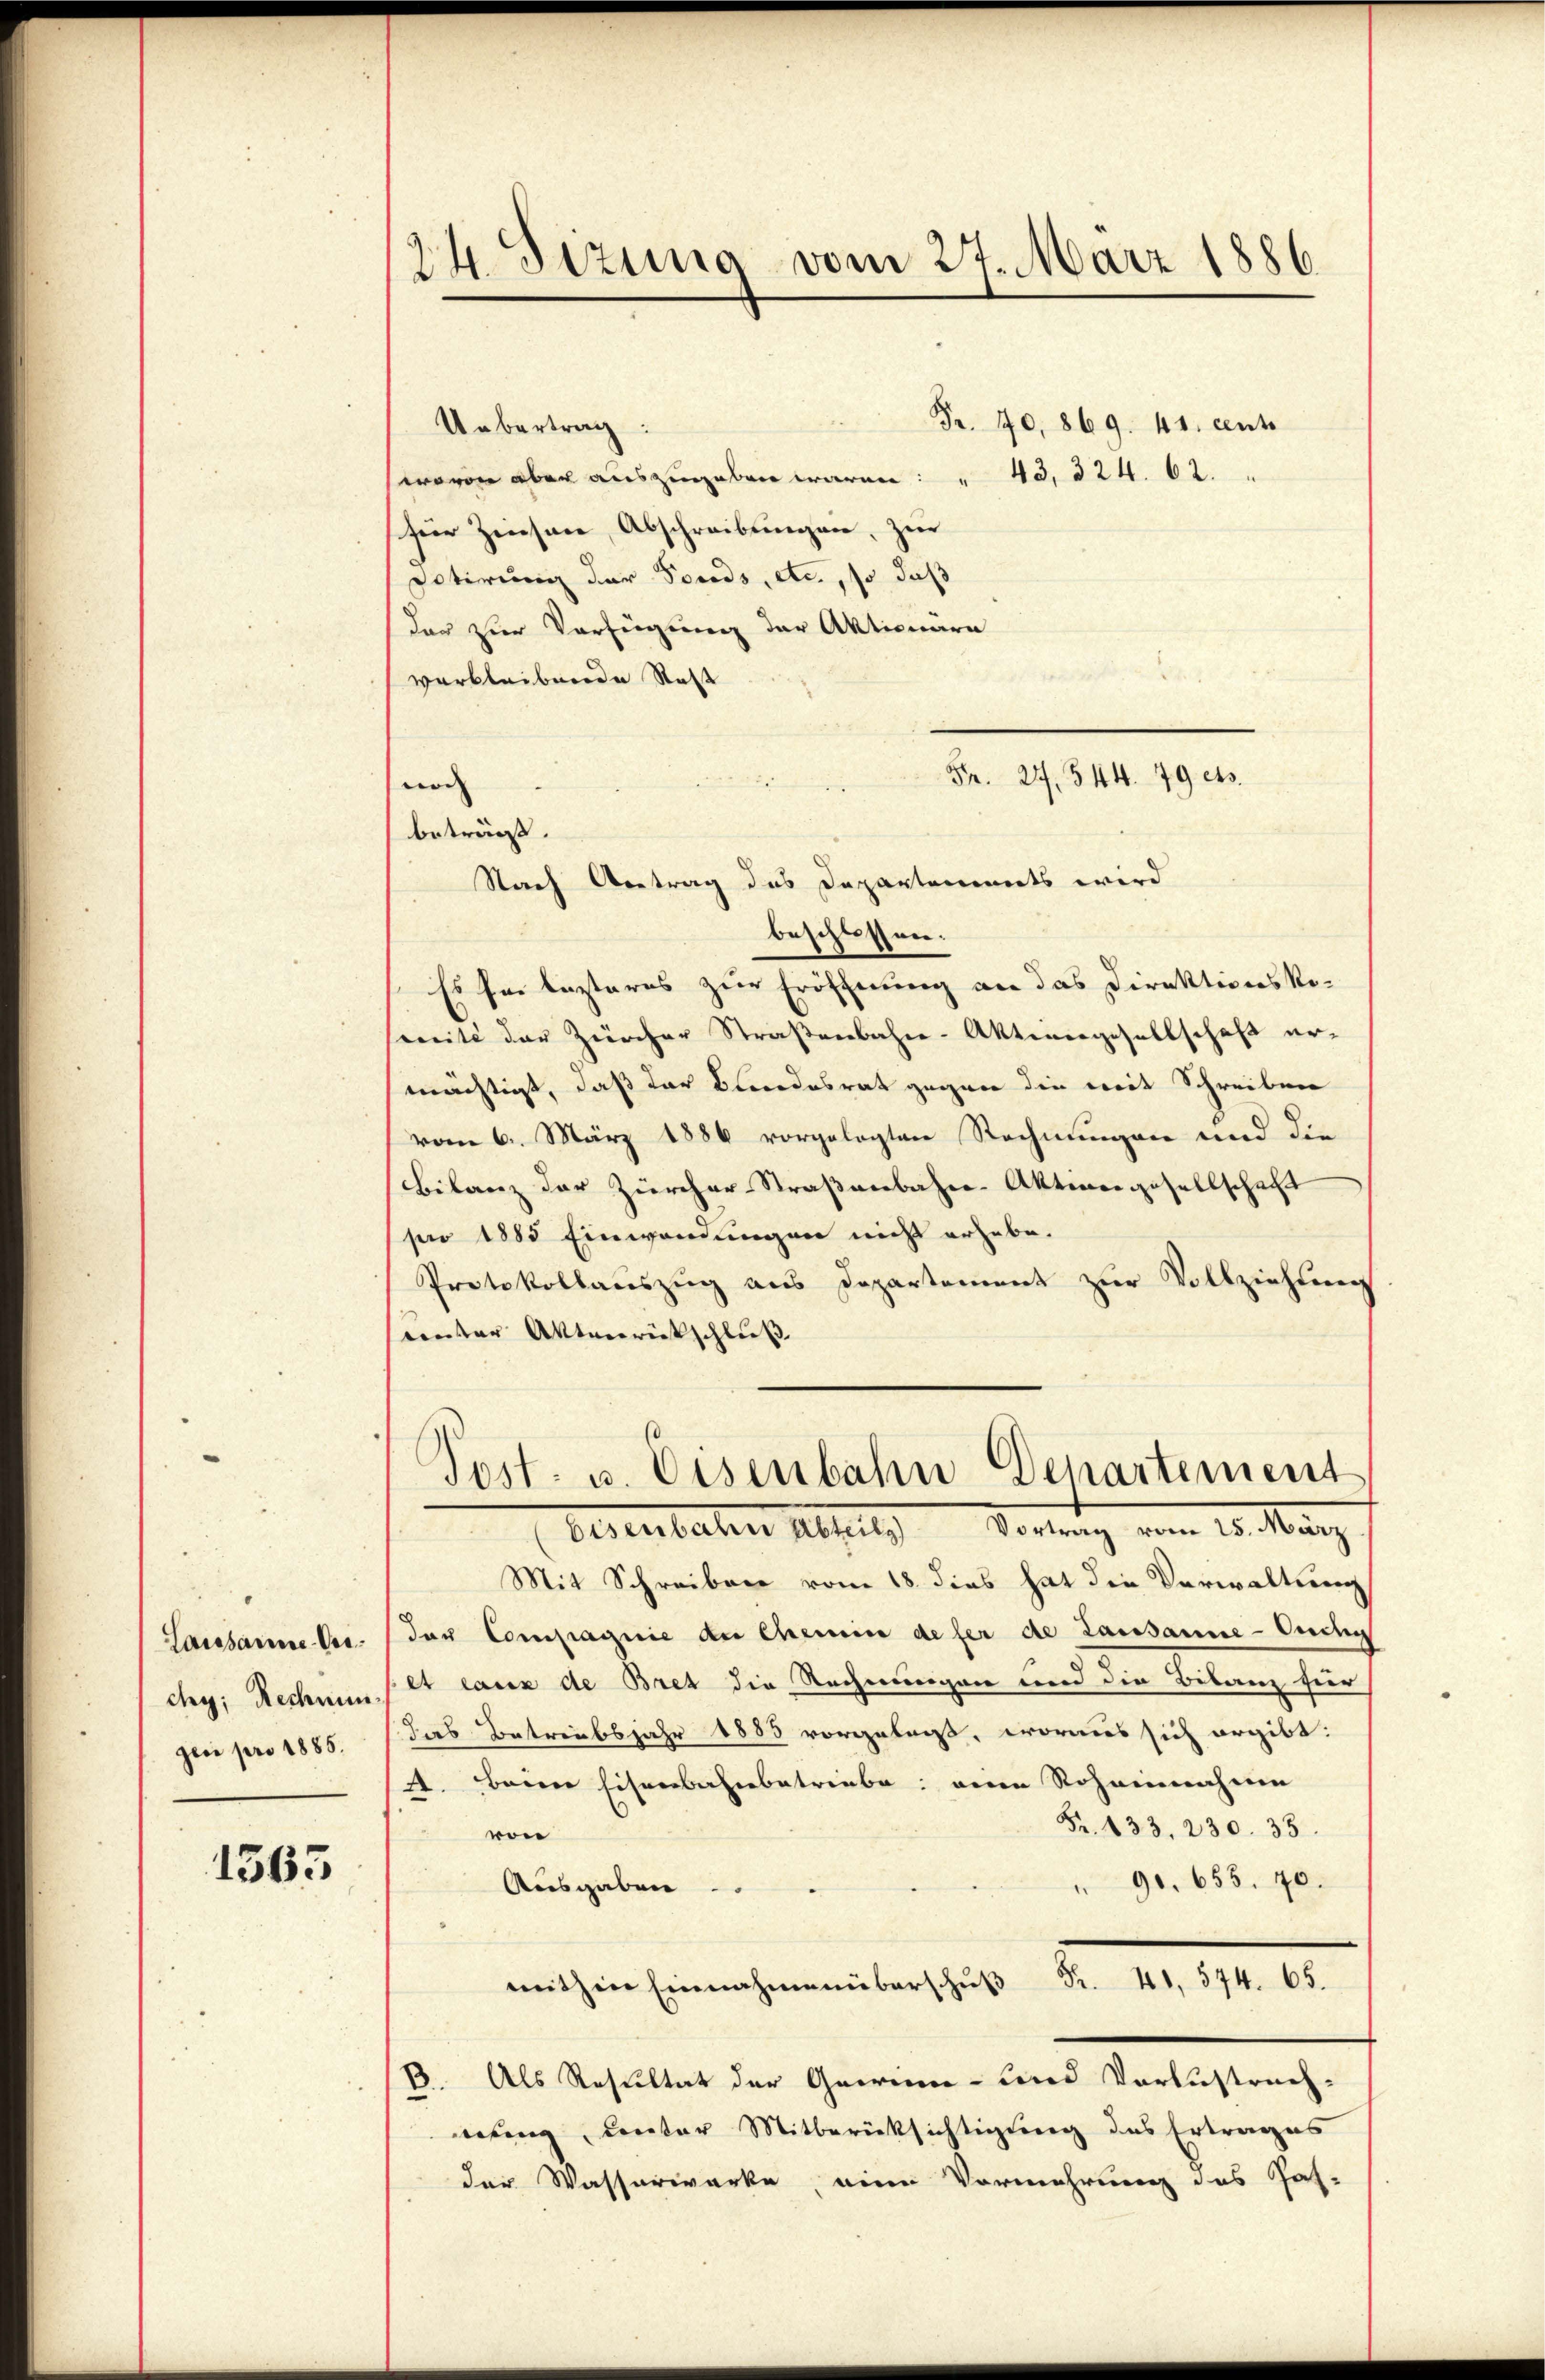
Lausanne-Verchy; Rechnung
gen pro 1885.

1563

24. Sizina vom 27. März 1886.

Fr. 70, 869. 41. cent
Uebertrag:
wovon aber auszugeben waren: " 43, 324. 62. "
für Zinsen, Abschreibungen, zur
Dotierung der Fonds, etc., so daß
der zur Verfügung der Aktionare
verbleibende Statt
Fr. 24. 544. 79 ets.
noch
beträgt.
Nach Antrag des Departements wird
beschlossen.
Es sei lezteres zur Eröffnung an das Direktions Ro-
seite der Zürcher Straßenbahn-Aktiengesellschaft er-
mächtigt, daß der Blindesrat gegen die mit Schreiben
vom 6. März 1886 vorgelegten Rechnungen und die
Bilanz der Zürcher Straßenbahre Aktiergesellschaft
pro 1885 Einwendungen nicht erhebe.
Protokollauszug aus Departement zur Vollziehten
Conter Aktenrückschluß

Post. u. Eisenbahn Departement
Oeerbachen Abseits Vortrag vom 20. März

Mit Schreiben vom 18. dies hat die Verwaltung
der Compagnie der Chemin defer de Lausanne - Ouchy
et tanz de Bret die Rechnungen und die Bilanz für
das Betreibsjahr 1885 vorgelaß, woraus sich ergibt:
1. Bern Eisenbahnbetriebe: eine Rohannahme
Fr. 133. 230. 35.
vor
" 90. 655. 70.
Ausgaben.
mithin Einnahmenüberschŭβ Fr. 41, 574. 65.
B. Als Resultat der Gewinn- und Verlustrach-
nung, Leuter Mitberücksichtigung des Ertrages
der Wasserwerke, eine Vermehrung des Jah-